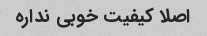
اصلا کیفیت خوبی نداره